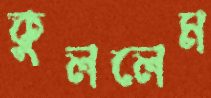
কুললেম